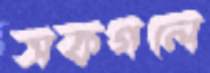
সকগলে